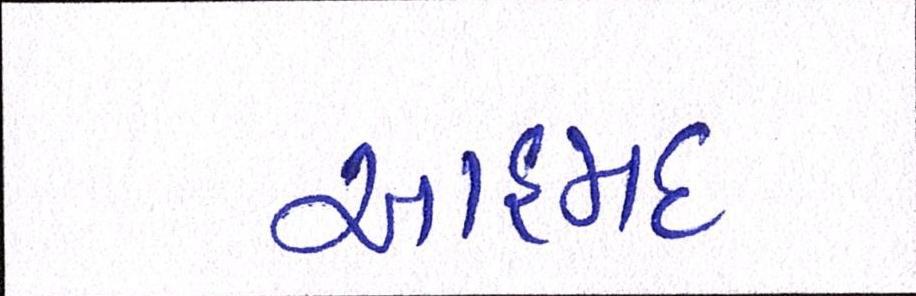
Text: આહમદ